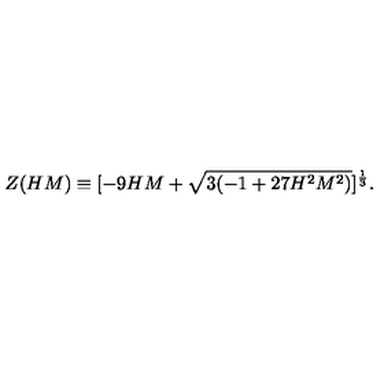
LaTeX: Z ( H M ) \equiv [ - 9 H M + \sqrt { 3 ( - 1 + 2 7 H ^ { 2 } M ^ { 2 } ) } ] ^ { \frac { 1 } { 3 } } .